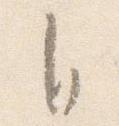
自